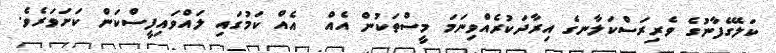
ކަލޭގެފާނުގެ ވެރިރަސްކަލާނގެ އިރާދަކުރެއްވިނަމަ މީސްތަކުން އެއް  އެއް ކަމުގައި ލައްވައިފީސްކަން ކަށަވަރެވެ.